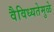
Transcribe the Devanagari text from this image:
वैविध्यतेमुळे